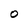
Character: O